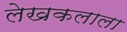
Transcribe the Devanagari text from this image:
लेखकलाला